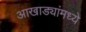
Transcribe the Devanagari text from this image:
आखाड्यांमध्ये